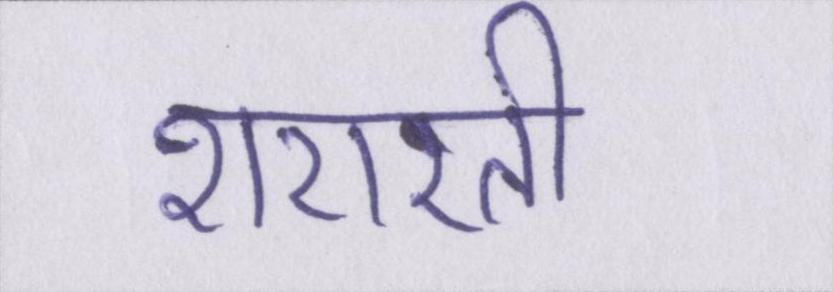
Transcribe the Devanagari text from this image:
शरारती